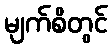
မျက်စိတွင်